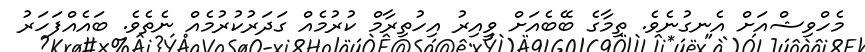
މެހްވިޝްއަށް އެނގުނެވެ. ތިމާގެ ބޭބެއަށް ވީއިރު އިހުތިރާމް ކުރުމެއް ގަދަރުކުރުމެއް ނެތެވެ. ބައެއްފަހަރު